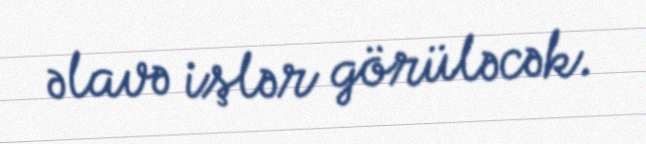
əlavə işlər görüləcək.